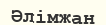
Әлімжан